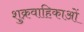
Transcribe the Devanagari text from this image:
शुक्रवाहिकाओं